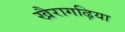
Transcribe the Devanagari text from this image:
खैरागढ़िया